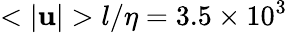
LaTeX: <|\mathbf{u}|>l/\eta=3.5\times 10^{3}